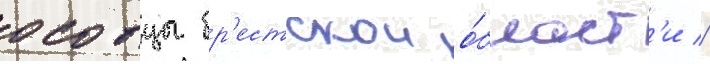
осовцы бр'естскои о́бласт'и //